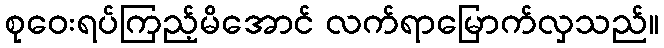
စုဝေးရပ်ကြည့်မိအောင် လက်ရာမြောက်လှသည်။